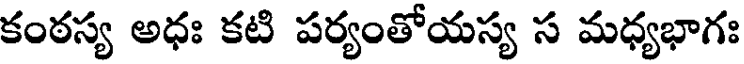
కంఠస్య అధః కటి పర్యంతోయస్య స మధ్యభాగః